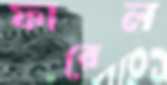
ফারেল